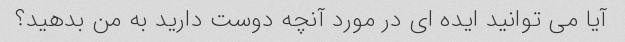
آیا می توانید ایده ای در مورد آنچه دوست دارید به من بدهید؟